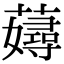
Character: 𧁘